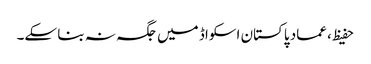
حفیظ، عماد پاکستان اسکواڈ میں جگہ نہ بنا سکے۔